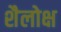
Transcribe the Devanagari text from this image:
शैलोक्ष